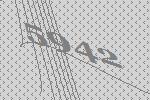
5942